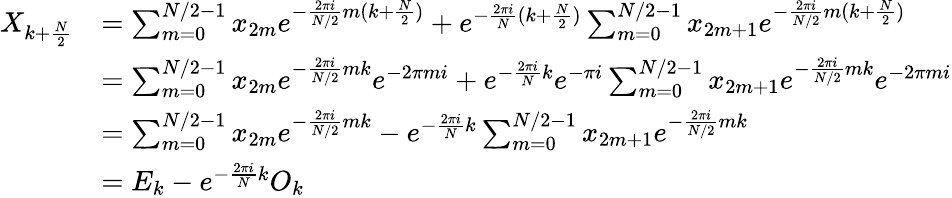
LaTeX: {\begin{array}{rl}{X_{k+{\frac{N}{2}}}}&{=\sum_{m=0}^{N/2-1}x_{2m}e^{-{\frac{2\pi i}{N/2}}m(k+{\frac{N}{2}})}+e^{-{\frac{2\pi i}{N}}(k+{\frac{N}{2}})}\sum_{m=0}^{N/2-1}x_{2m+1}e^{-{\frac{2\pi i}{N/2}}m(k+{\frac{N}{2}})}}\\ &{=\sum_{m=0}^{N/2-1}x_{2m}e^{-{\frac{2\pi i}{N/2}}mk}e^{-2\pi mi}+e^{-{\frac{2\pi i}{N}}k}e^{-\pi i}\sum_{m=0}^{N/2-1}x_{2m+1}e^{-{\frac{2\pi i}{N/2}}mk}e^{-2\pi mi}}\\ &{=\sum_{m=0}^{N/2-1}x_{2m}e^{-{\frac{2\pi i}{N/2}}mk}-e^{-{\frac{2\pi i}{N}}k}\sum_{m=0}^{N/2-1}x_{2m+1}e^{-{\frac{2\pi i}{N/2}}mk}}\\ &{=E_{k}-e^{-{\frac{2\pi i}{N}}k}O_{k}}\end{array}}